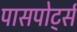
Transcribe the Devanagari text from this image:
पासपोर्ट्स